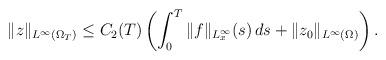
LaTeX: \begin{align*}\|z\|_{L^\infty(\Omega_T)}\le C_2(T) \left(\int_0^T \|f\|_{L^{\infty}_x}(s)\,ds+ \|z_0\|_{L^{\infty}(\Omega)}\right).\end{align*}